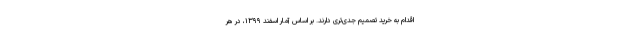
اقدام به خرید تصمیم جدی‌تری دارند. بر اساس آمار اسفند ۱۳۹۹، در هر